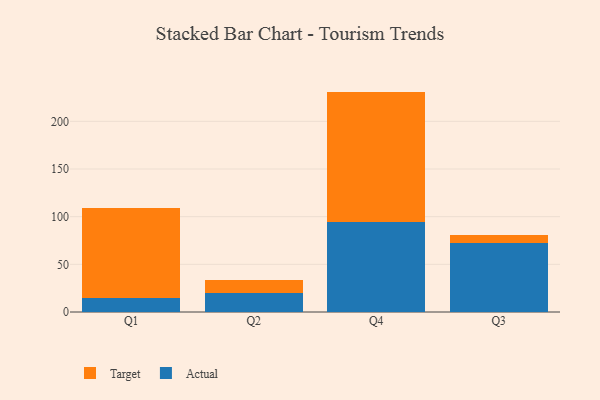
{"axis": {"x": "Quarter", "y": "Operating Costs (USD K)"}, "legend": ["Actual", "Target"], "data": [{"x": "Q1", "y": 14.4, "type": "Actual"}, {"x": "Q1", "y": 94.4, "type": "Target"}, {"x": "Q2", "y": 19.8, "type": "Actual"}, {"x": "Q2", "y": 13.4, "type": "Target"}, {"x": "Q4", "y": 93.9, "type": "Actual"}, {"x": "Q4", "y": 137.3, "type": "Target"}, {"x": "Q3", "y": 72.7, "type": "Actual"}, {"x": "Q3", "y": 8.3, "type": "Target"}]}